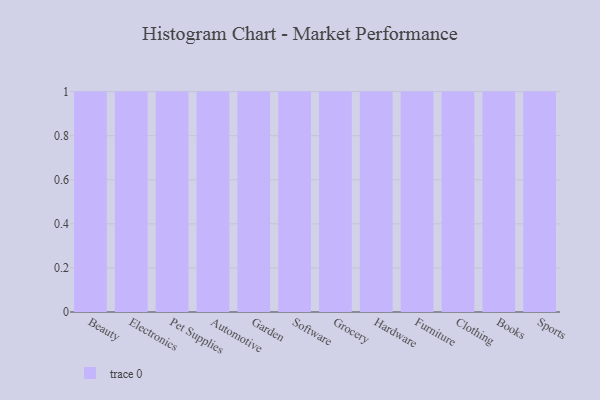
{"axis": {"x": "Category", "y": "Shipments"}, "legend": [""], "data": [{"x": "Beauty", "y": 16, "type": ""}, {"x": "Electronics", "y": 94, "type": ""}, {"x": "Pet Supplies", "y": 20, "type": ""}, {"x": "Automotive", "y": 33, "type": ""}, {"x": "Garden", "y": 70, "type": ""}, {"x": "Software", "y": 38, "type": ""}, {"x": "Grocery", "y": 90, "type": ""}, {"x": "Hardware", "y": 77, "type": ""}, {"x": "Furniture", "y": 55, "type": ""}, {"x": "Clothing", "y": 56, "type": ""}, {"x": "Books", "y": 75, "type": ""}, {"x": "Sports", "y": 28, "type": ""}]}